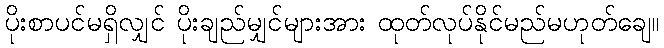
ပိုးစာပင်မရှိလျှင် ပိုးချည်မျှင်များအား ထုတ်လုပ်နိုင်မည်မဟုတ်ချေ။